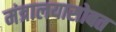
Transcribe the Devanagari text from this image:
मंत्रालयासोबत